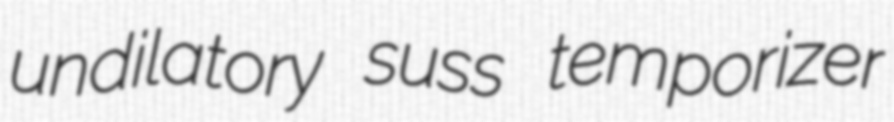
undilatory suss temporizer